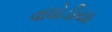
વાધોડીયા